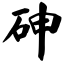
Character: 砷